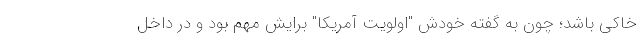
خاکی باشد؛ چون به گفته خودش "اولویت آمریکا" برایش مهم بود و در داخل